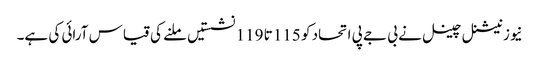
نیوز نیشنل چینل نے بی جے پی اتحاد کو 115 تا 119 نشستیں ملنے کی قیاس آرائی کی ہے۔